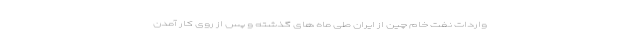
واردات نفت خام چین از ایران طی ماه های گذشته و پس از روی کار آمدن